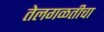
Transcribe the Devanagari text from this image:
तेलगळतीचा